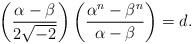
LaTeX: \begin{align*}\left(\frac{\alpha-\beta}{2\sqrt{-2}} \right)\left(\frac{\alpha^n - \beta^n}{\alpha-\beta}\right) = d.\end{align*}